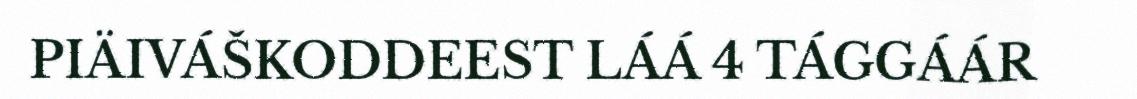
PIÄIVÁŠKODDEEST LÁÁ 4 TÁGGÁÁR